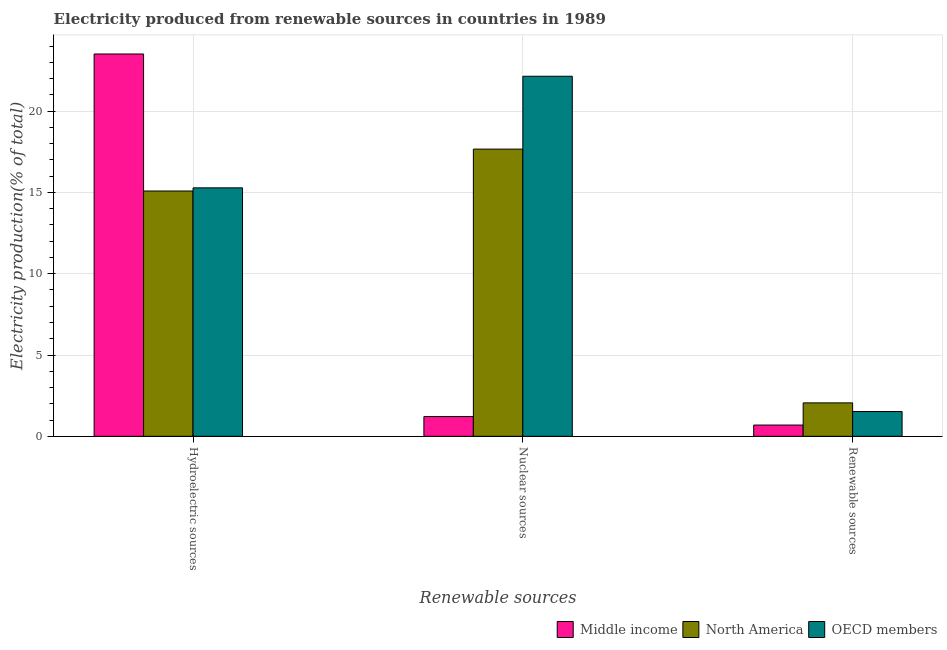
| Renewable sources | Middle income | North America | OECD members |
 | --- | --- | --- | --- |
 | Hydroelectric sources | 23.5 | 15.1 | 15.3 |
 | Nuclear sources | 1.22 | 17.7 | 22.1 |
 | Renewable sources | 0.693 | 2.06 | 1.53 |